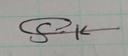
Signature authenticity: genuine